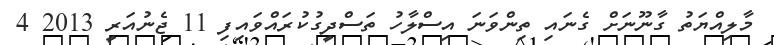
މާލިއްޔަތު ގާނޫނަށް ގެނައި ތިންވަނަ އިސްލާހު ތަސްދީގުކުރައްވައިފި 11 ޖެނުއަރީ 2013 4